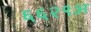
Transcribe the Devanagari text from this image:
६६२९अ